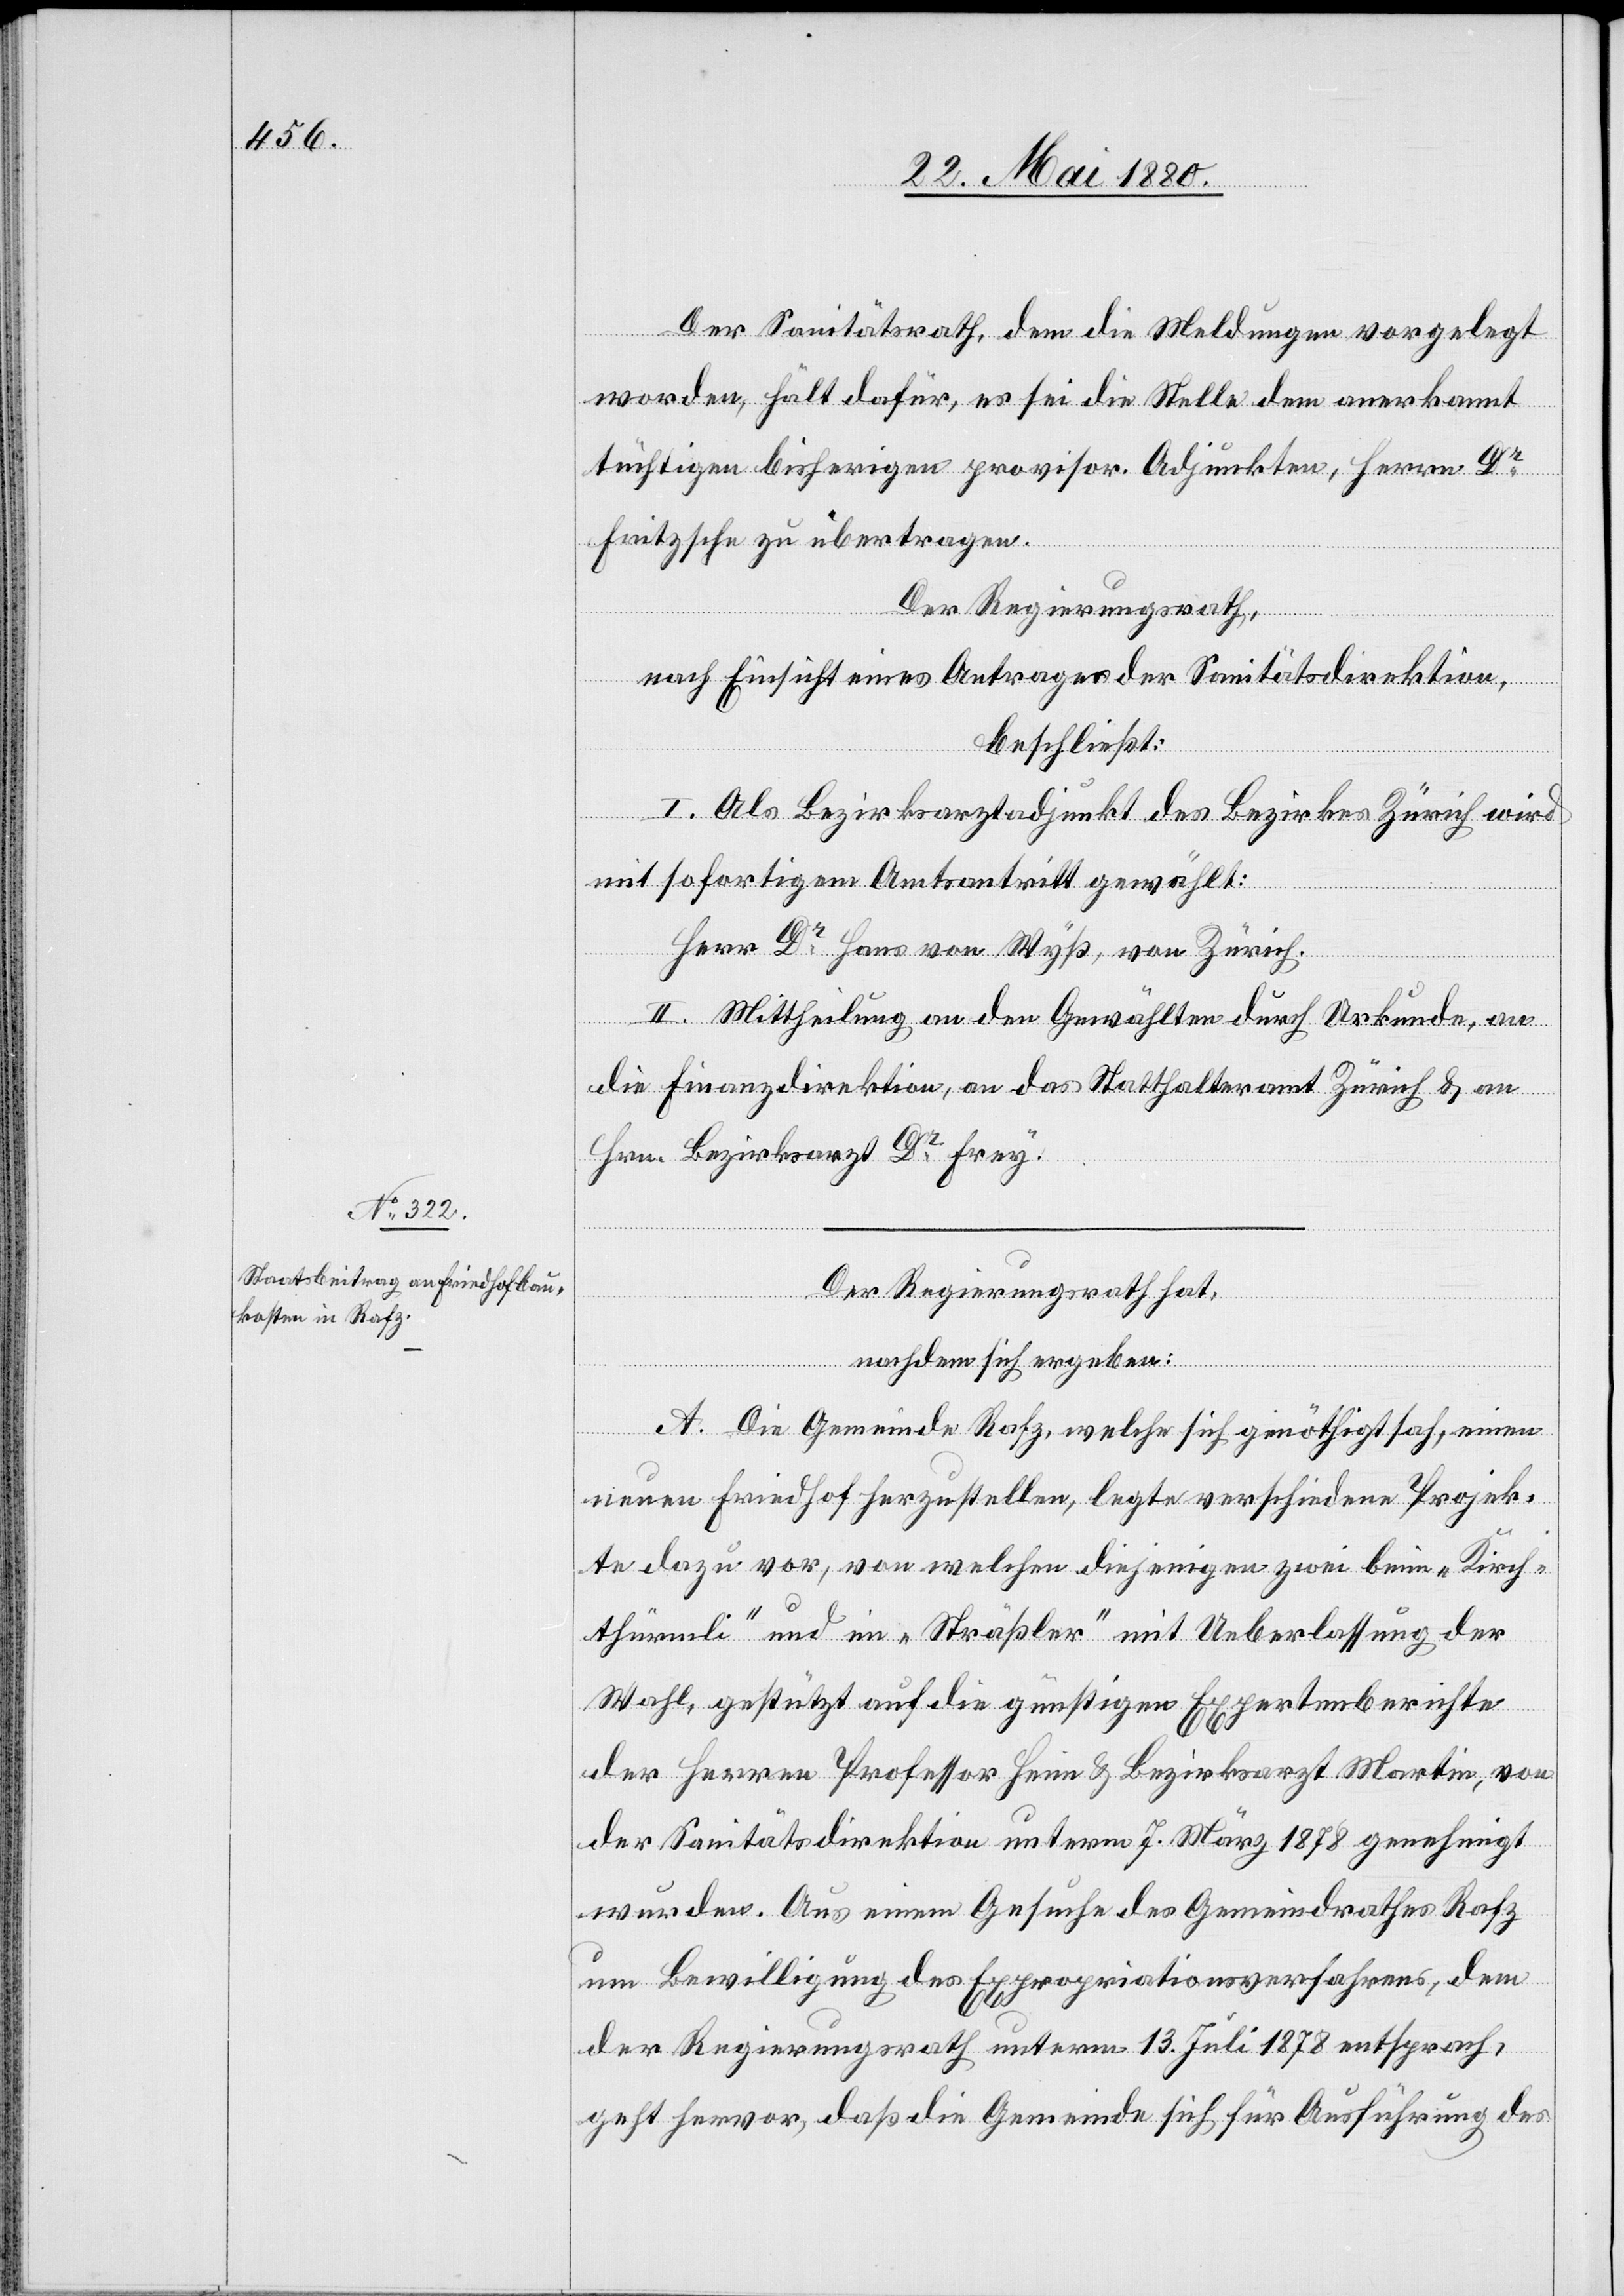
Der Sanitätsrath, dem die Meldungen vorgelegt
worden, hält dafür, es sei die Stelle dem anerkannt
tüchtigen bisherigen provisor. Adjunkten, Herrn Dr
Fritzsche zu übertragen.
Der Regierungsrath,
nach Einsicht eines Antrages der Sanitätsdirektion,
beschließt:
I. Als Bezirksarztadjunkt des Bezirkes Zürich wird
mit sofortigem Amtsantritt gewählt:
Herr Dr Hans von Wyß, von Zürich.
II. Mittheilung an den Gewählten durch Urkunde, an
die Finanzdirektion, an das Statthalteramt Zürich & an
Hrn. Bezirksarzt Dr Frey.
Der Regierungsrath hat,
nachdem sich ergeben:
A. Die Gemeinde Rafz, welche sich genöthigt sah, einen
neuen Friedhof herzustellen, legte verschiedene Projek¬
te dazu vor, von welchen diejenigen zwei beim „Kirch¬
thürmli“ und im „Sträßler“ mit Ueberlassung der
Wahl, gestützt auf die günstigen Expertenberichte
der Herren Professor Heim & Bezirksarzt Marin, von
der Sanitätsdirektion unterm 7. März 1878 genehmigt
wurden. Aus einem Gesuche des Gemeindrathes Rafz
um Bewilligung des Expropriationsverfahrens, dem
der Regierungsrath unterm 13. Juli 1878 entsprach,
geht hervor, daß die Gemeinde sich für Ausführung des